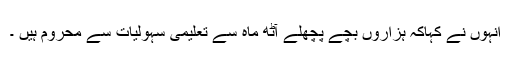
انہوں نے کہاکہ ہزاروں بچے پچھلے آٹھ ماہ سے تعلیمی سہولیات سے محروم ہیں ۔